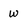
Character: w